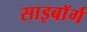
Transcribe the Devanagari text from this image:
साइबाॅर्ग